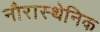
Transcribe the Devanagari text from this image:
नौरास्थेनिक